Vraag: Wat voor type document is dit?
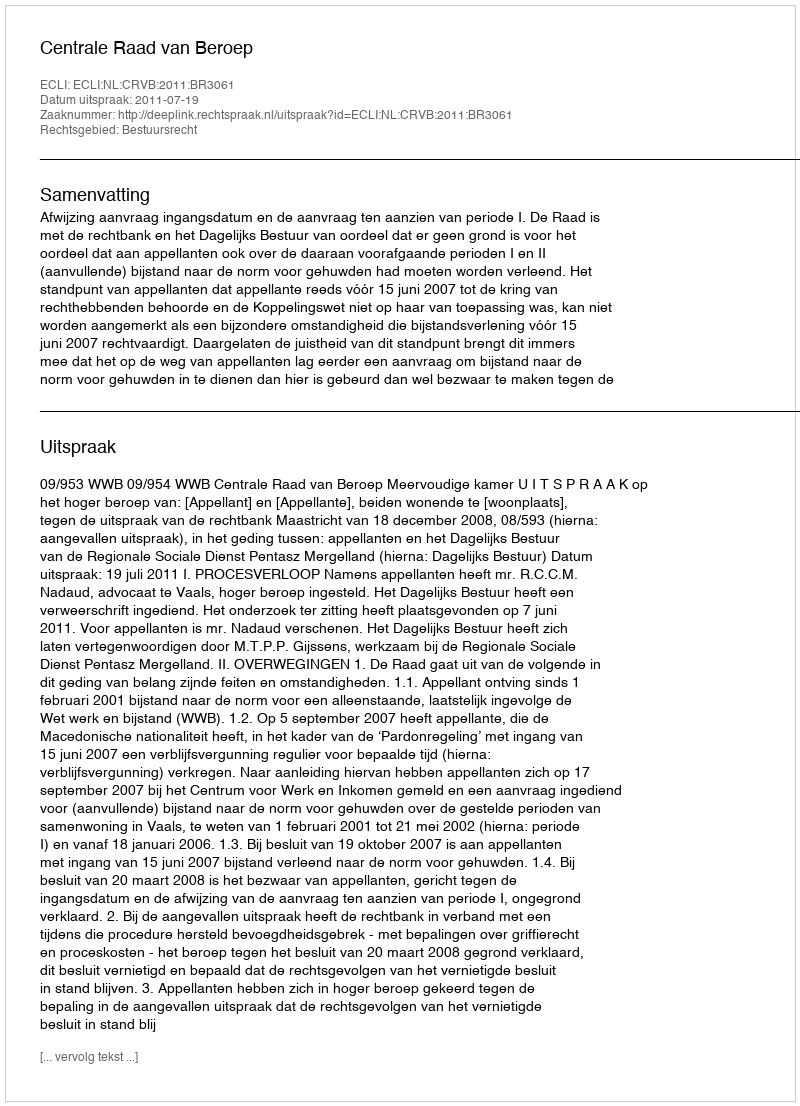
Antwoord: Uitspraak